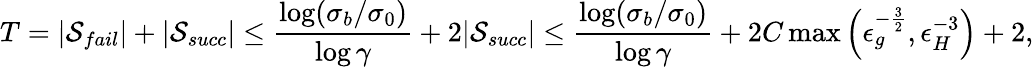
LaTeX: T=|\mathcal{S}_{fail}|+|\mathcal{S}_{succ}|\le\frac{\log(\sigma_{b}/\sigma_{0})}{\log{\gamma}}+2|\mathcal{S}_{succ}|\le\frac{\log(\sigma_{b}/\sigma_{0})}{\log{\gamma}}+2C\operatorname*{max}\left(\epsilon_{g}^{-\frac{3}{2}},\epsilon_{H}^{-3}\right)+2,